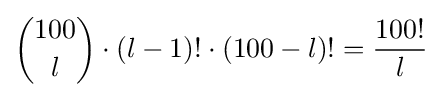
{\binom {100}{l}}\cdot (l-1)!\cdot (100-l)!={\frac {100!}{l}}